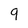
Character: 9